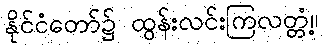
နိုင်ငံတော်၌ ထွန်းလင်းကြလတ္တံ့။